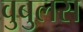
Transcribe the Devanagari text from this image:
वुबुलस